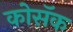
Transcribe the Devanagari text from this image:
कोसॅक